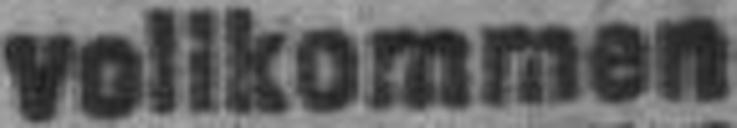
vollkommen